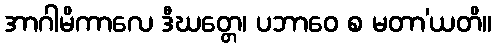
အာဂါမိကာလေ ဒီဃတ္တေ၊ ပဘာဝေ စ မတာ’ယတိ။